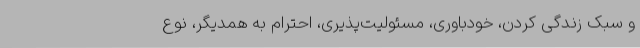
و سبک زندگی کردن، خودباوری، مسئولیت‌پذیری، احترام به همدیگر، نوع‌